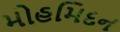
મોહમિદન